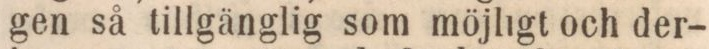
gen så tillgänglig som möjligt och der-